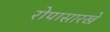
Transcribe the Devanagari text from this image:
रोपासारखे